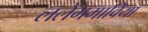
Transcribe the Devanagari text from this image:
ललेंगमाविया